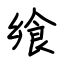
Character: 飨